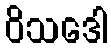
ဝိသဒေါ